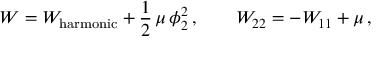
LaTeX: { \cal W } = { \cal W } _ { \mathrm { h a r m o n i c } } + \frac { 1 } { 2 } \, \mu \, \phi _ { 2 } ^ { 2 } \, , \qquad { \cal W } _ { 2 2 } = - { \cal W } _ { 1 1 } + \mu \, ,